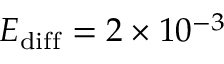
E _ { \mathrm { d i f f } } = 2 \times 1 0 ^ { - 3 }